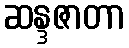
ဆန္ဒဇာတာ